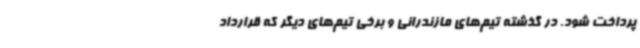
پرداخت شود. در گذشته تیم‌های مازندرانی و برخی تیم‌های دیگر که قرارداد